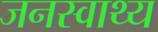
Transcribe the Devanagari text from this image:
जनस्वाथ्य